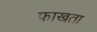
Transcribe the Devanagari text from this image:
फाखता